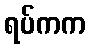
ရပ်ကက